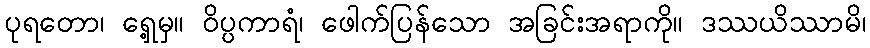
ပုရတော၊ ရှေ့မှ။ ဝိပ္ပကာရံ၊ ဖေါက်ပြန်သော အခြင်းအရာကို။ ဒဿယိဿာမိ၊